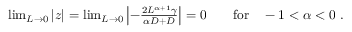
\begin{array} { r } { \operatorname* { l i m } _ { L \to 0 } | z | = \operatorname* { l i m } _ { L \to 0 } \left| - \frac { 2 L ^ { \alpha + 1 } \gamma } { \alpha D + D } \right| = 0 \qquad \mathrm { f o r } \quad - 1 < \alpha < 0 \ . } \end{array}